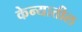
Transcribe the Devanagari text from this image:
केन्यातील